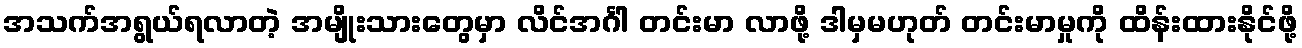
အသက်အရွယ်ရလာတဲ့ အမျိုးသားတွေမှာ လိင်အင်္ဂါ တင်းမာ လာဖို့ ဒါမှမဟုတ် တင်းမာမှုကို ထိန်းထားနိုင်ဖို့